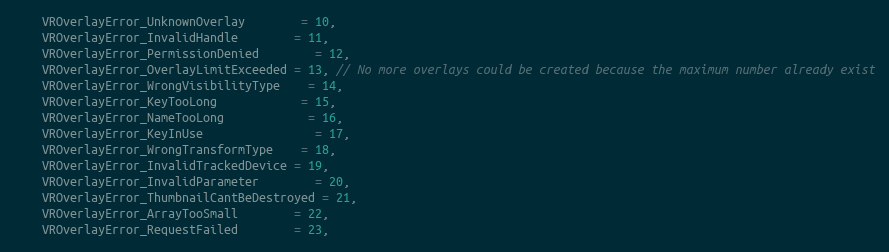
Language: C
	VROverlayError_UnknownOverlay		= 10,
	VROverlayError_InvalidHandle		= 11,
	VROverlayError_PermissionDenied		= 12,
	VROverlayError_OverlayLimitExceeded = 13, // No more overlays could be created because the maximum number already exist
	VROverlayError_WrongVisibilityType	= 14,
	VROverlayError_KeyTooLong			= 15,
	VROverlayError_NameTooLong			= 16,
	VROverlayError_KeyInUse				= 17,
	VROverlayError_WrongTransformType	= 18,
	VROverlayError_InvalidTrackedDevice = 19,
	VROverlayError_InvalidParameter		= 20,
	VROverlayError_ThumbnailCantBeDestroyed = 21,
	VROverlayError_ArrayTooSmall		= 22,
	VROverlayError_RequestFailed		= 23,